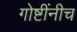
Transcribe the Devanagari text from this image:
गोष्टींनीच